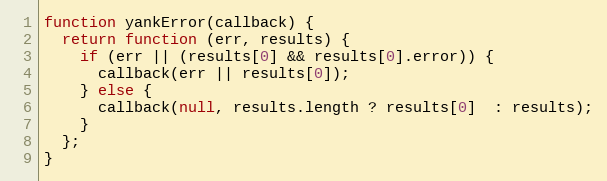
Language: JavaScript
function yankError(callback) {
  return function (err, results) {
    if (err || (results[0] && results[0].error)) {
      callback(err || results[0]);
    } else {
      callback(null, results.length ? results[0]  : results);
    }
  };
}